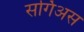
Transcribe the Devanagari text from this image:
सर्गिअस